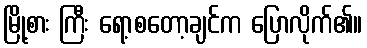
မြို့စား ကြီး ရော့စတော့ချင်က ပြောလိုက်၏။